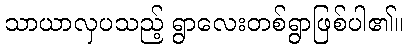
သာယာလှပသည့် ရွာလေးတစ်ရွာဖြစ်ပါ၏။